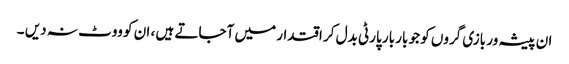
ان پیشہ ور بازی گروں کو جو بار بار پارٹی بدل کر اقتدار میں آجاتے ہیں ، ان کو ووٹ نہ دیں ۔